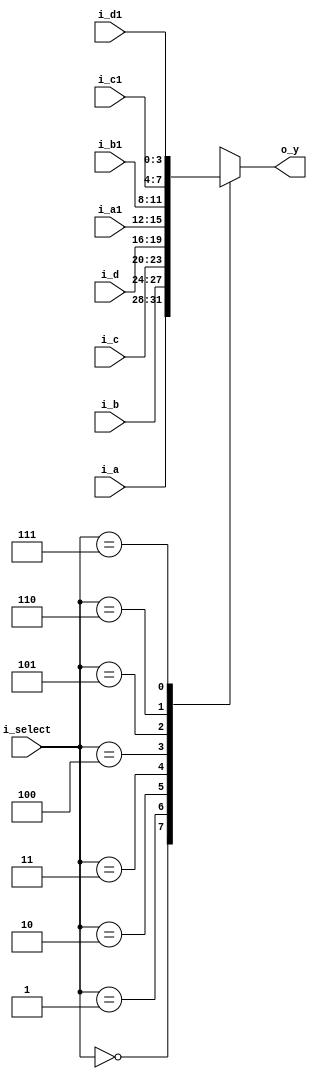
`timescale 1ns / 1ps

module Mux_8x1(
    input [3:0] i_a, i_b, i_c, i_d, i_a1, i_b1, i_c1, i_d1,
    input [2:0] i_select,

    output [3:0] o_y
    );

    reg [3:0] r_y;

    assign o_y = r_y;

    always @(*) begin
        case (i_select)
            3'b000 : r_y <= i_a;
            3'b001 : r_y <= i_b;
            3'b010 : r_y <= i_c;
            3'b011 : r_y <= i_d;
            3'b100 : r_y <= i_a1;
            3'b101 : r_y <= i_b1;
            3'b110 : r_y <= i_c1;
            3'b111 : r_y <= i_d1;
        endcase
    end
endmodule